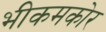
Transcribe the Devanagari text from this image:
भीकमकोर